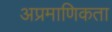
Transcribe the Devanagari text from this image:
अप्रमाणिकता